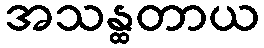
အသန္ထတာယ